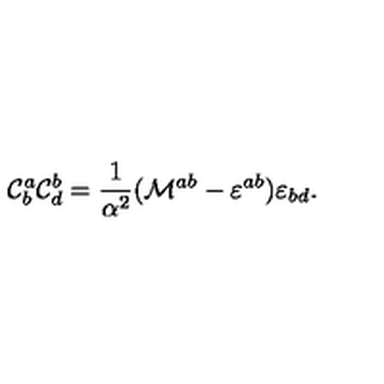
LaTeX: { \cal C } _ { b } ^ { a } { \cal C } _ { d } ^ { b } = \frac { 1 } { \alpha ^ { 2 } } ( { \cal M } ^ { a b } - \varepsilon ^ { a b } ) \varepsilon _ { b d } .